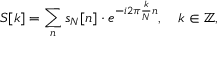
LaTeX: S [ k ] = \sum _ { n } s _ { N } [ n ] \cdot e ^ { - i 2 \pi { \frac { k } { N } } n } , \quad k \in \mathbb { Z } ,